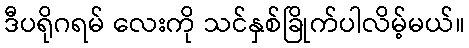
ဒီပရိုဂရမ် လေးကို သင်နှစ်ခြိုက်ပါလိမ့်မယ်။